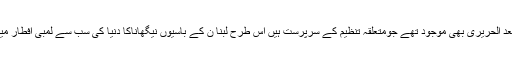
اس موقع پر لبنان کے وزیر اعظم سعد الحریری بھی موجود تھے جومتعلقہ تنظیم کے سرپرست ہیں اس طرح لبنا ن کے باسیوں نیگھاناکا دنیا کی سب سے لمبی افطار میزقائم کرنے کاریکارڈ بھی توڑ دیا ۔